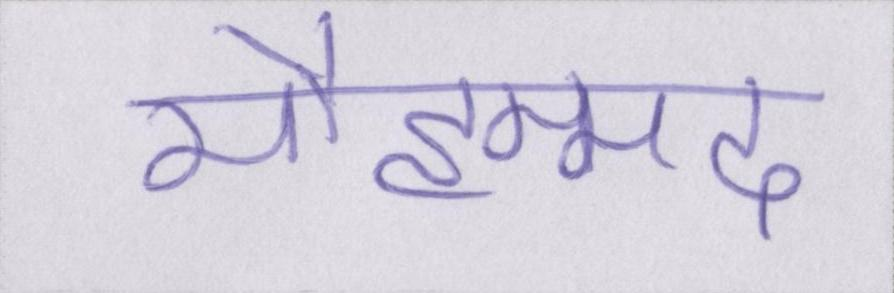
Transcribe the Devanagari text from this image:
मौहम्मद